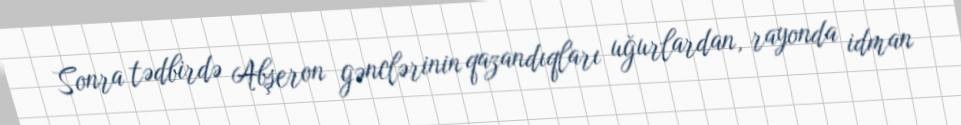
Sonra tədbirdə Abşeron gənclərinin qazandıqları uğurlardan, rayonda idman